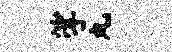
挲丸